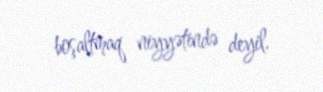
boşaltmaq niyyətində deyil.